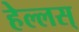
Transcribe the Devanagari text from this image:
हेल्लस्